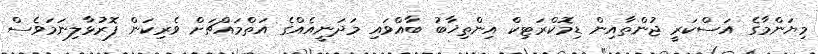
މިޔަންމާގެ އަސްކަރީ ޖުންތާއިން ޑިމޮކްރަޓިކް އިންތިޚާބު ބާއްވައި މަދަނީއެއްގެ އަތްމައްޗަށް ވެރިކަން ފޮރުޅާލިނަމަވެސް